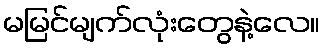
မမြင်မျက်လုံးတွေနဲ့လေ။